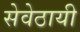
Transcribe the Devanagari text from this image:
सेवेठायी